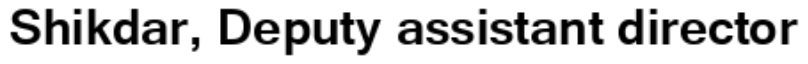
Shikdar, Deputy assistant director